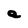
Character: a